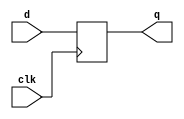
module dFF # (parameter WIDTH = 32) (
        input   wire            clk,   
        input   wire [WIDTH-1:0] d,
        output  reg  [WIDTH-1:0] q
    );
    
 always @(posedge clk) begin
    q <= d;
end
endmodule